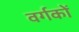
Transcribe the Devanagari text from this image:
वर्गकों